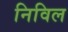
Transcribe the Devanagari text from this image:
निविल